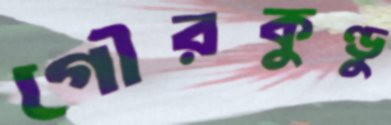
গৌরকুণ্ডু